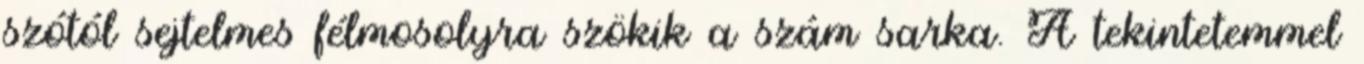
szótól sejtelmes félmosolyra szökik a szám sarka. A tekintetemmel